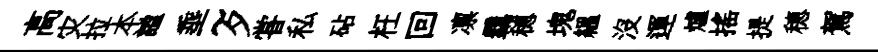
高灾拉本謐埀~夕甞私砧枉回凛覊穂塊緼没運爐揺提穂駕